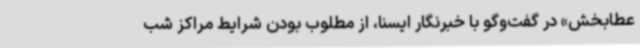
عطابخش» در گفت‌وگو با خبرنگار ایسنا، از مطلوب بودن شرایط مراکز شب